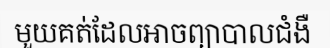
មួយគត់ដែលអាចព្យាបាលជំងឺ